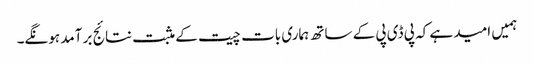
ہمیں امید ہے کہ پی ڈی پی کے ساتھ ہماری بات چیت کے مثبت نتائج بر آمد ہونگے۔